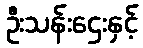
ဦးသန်းဌေးနှင့်